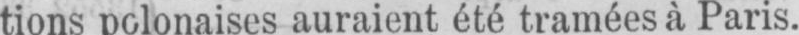
tions polonaises auraient été tramées à Paris.